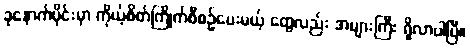
ခုနောက်ပိုင်းမှာ ကိုယ့်စိတ်ကြိုက်စီစဉ်ပေးမယ့် တွေလည်း အများကြီး ရှိလာပါပြီ။